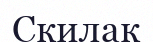
Скилак